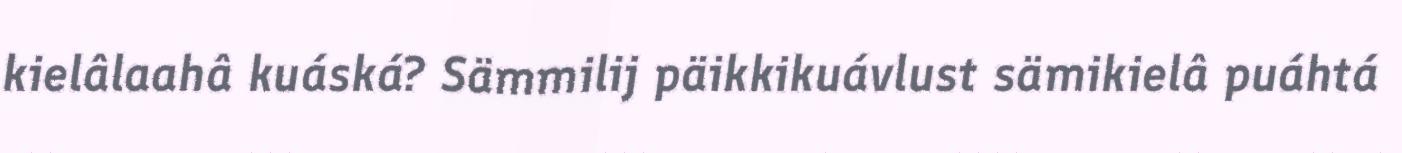
kielâlaahâ kuáská? Sämmilij päikkikuávlust sämikielâ puáhtá